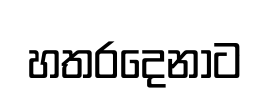
හතරදෙනාට